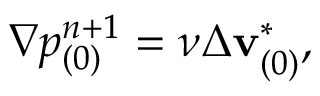
\nabla p _ { ( 0 ) } ^ { n + 1 } = \nu \Delta \mathbf { v } _ { ( 0 ) } ^ { * } ,